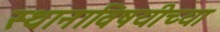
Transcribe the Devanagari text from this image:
स्थानाविषयीच्या